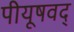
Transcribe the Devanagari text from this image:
पीयूषवद्